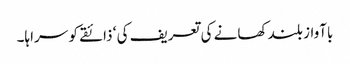
باآواز بلند کھانے کی تعریف کی ‘ ذائقے کو سراہا۔